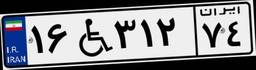
۶۷W۹۷۷۰۸